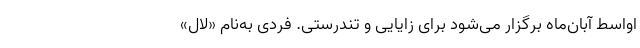
اواسط آبان‌ماه برگزار می‌شود برای زایایی و تندرستی. فردی به‌نام «لال»